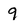
Character: 9